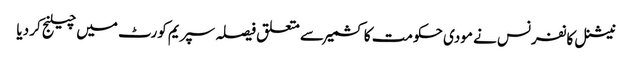
نیشنل کانفرنس نے مودی حکومت کا کشمیر سے متعلق فیصلہ سپریم کورٹ میں چیلنج کر دیا